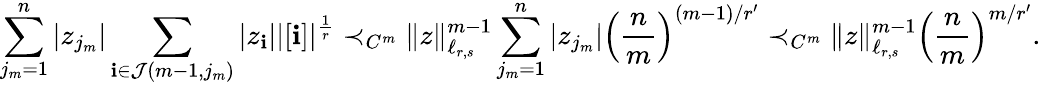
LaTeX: \sum_{j_{m}=1}^{n}|z_{j_{m}}|\sum_{\mathbf{i}\in\mathcal J(m-1,j_{m})}|z_{\mathbf{i}}||[\mathbf{i}]|^{\frac{1}{r}}\prec_{C^{m}}\Vert z\Vert_{\ell_{r,s}}^{m-1}\sum_{j_{m}=1}^{n}|z_{j_{m}}|\left(\frac{n}{m}\right)^{(m-1)/r^{\prime}}\prec_{C^{m}}\Vert z\Vert_{\ell_{r,s}}^{m-1}\left(\frac{n}{m}\right)^{m/r^{\prime}}.